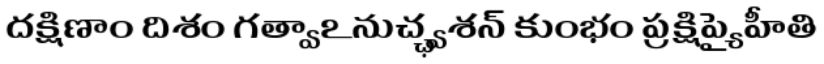
దక్షిణాం దిశం గత్వాఽనుచ్ఛ్వశన్ కుంభం ప్రక్షిప్యైహీతి